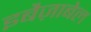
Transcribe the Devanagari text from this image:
इबैज़ाबेल